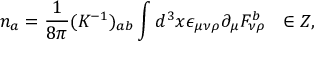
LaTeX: n _ { a } = \frac { 1 } { 8 \pi } ( K ^ { - 1 } ) _ { a b } \int d ^ { 3 } x \epsilon _ { \mu \nu \rho } \partial _ { \mu } F _ { \nu \rho } ^ { b } \ \ \in Z ,